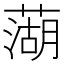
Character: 𫉣